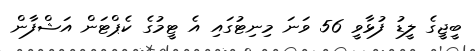
ބީޖީގެ ލީޑު ފުޅާވީ 56 ވަނަ މިނިޓުގައި އެ ޓީމުގެ ކެޕްޓަން އަޝްފާން